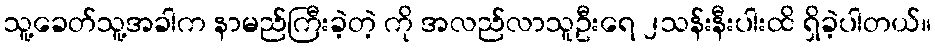
သူ့ခေတ်သူ့အခါက နာမည်ကြီးခဲ့တဲ့ ကို အလည်လာသူဦးရေ ၂သန်းနီးပါးထိ ရှိခဲ့ပါတယ်။